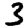
Digit: 3